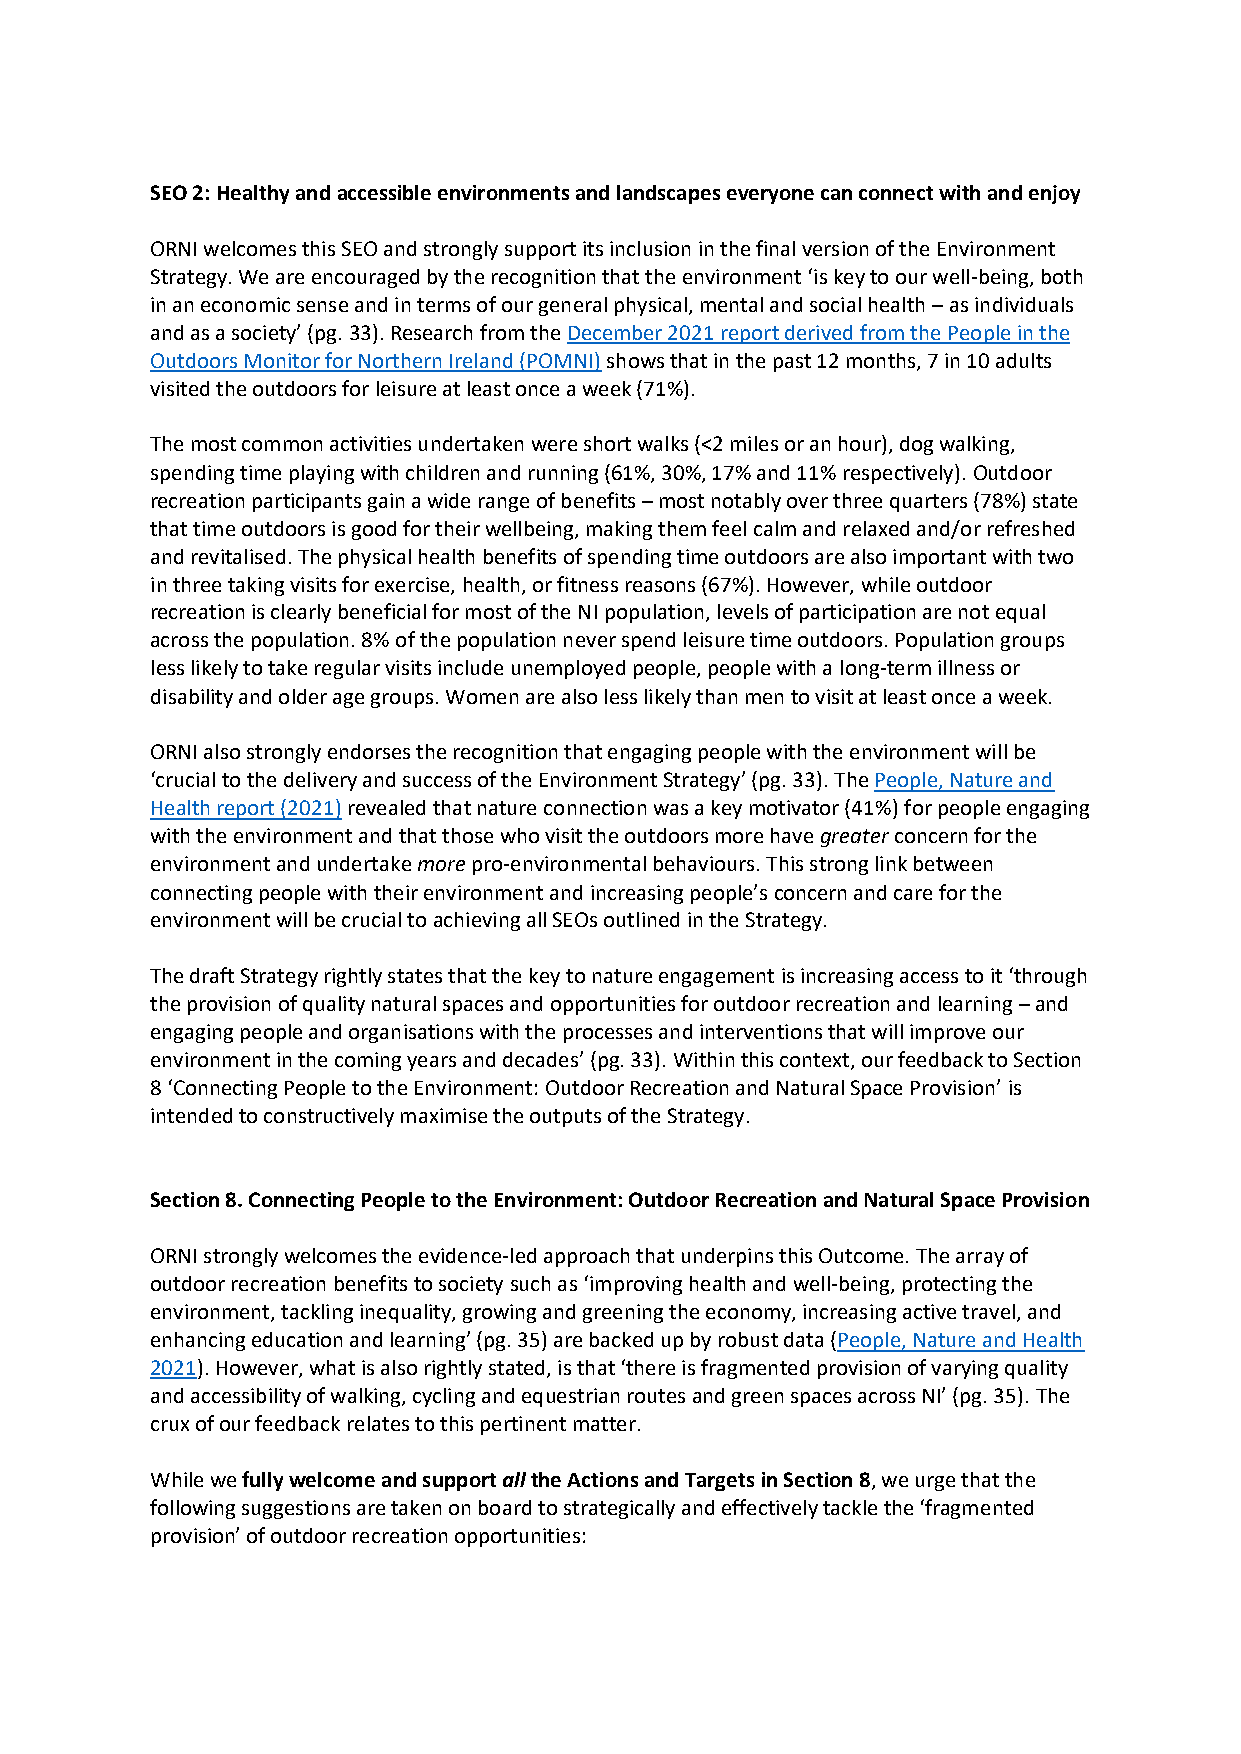
SEO 2: Healthy and accessible environments and landscapes everyone can connect with and enjoy
 ORNI welcomes this SEO and strongly support its inclusion in the final version of the Environment
 Strategy. We are encouraged by the recognition that the environment ‘is key to our well-being, both
 in an economic sense and in terms of our general physical, mental and social health – as individuals
 and as a society’ (pg. 33). Research from the December 2021 report derived from the People in the
 Outdoors Monitor for Northern Ireland (POMNI) shows that in the past 12 months, 7 in 10 adults
 visited the outdoors for leisure at least once a week (71%).
 The most common activities undertaken were short walks (<2 miles or an hour), dog walking,
 spending time playing with children and running (61%, 30%, 17% and 11% respectively). Outdoor
 recreation participants gain a wide range of benefits – most notably over three quarters (78%) state
 that time outdoors is good for their wellbeing, making them feel calm and relaxed and/or refreshed
 and revitalised. The physical health benefits of spending time outdoors are also important with two
 in three taking visits for exercise, health, or fitness reasons (67%). However, while outdoor
 recreation is clearly beneficial for most of the NI population, levels of participation are not equal
 across the population. 8% of the population never spend leisure time outdoors. Population groups
 less likely to take regular visits include unemployed people, people with a long-term illness or
 disability and older age groups. Women are also less likely than men to visit at least once a week.
 ORNI also strongly endorses the recognition that engaging people with the environment will be
 ‘crucial to the delivery and success of the Environment Strategy’ (pg. 33). The People, Nature and
 Health report (2021) revealed that nature connection was a key motivator (41%) for people engaging
 with the environment and that those who visit the outdoors more have greater concern for the
 environment and undertake more pro-environmental behaviours. This strong link between
 connecting people with their environment and increasing people’s concern and care for the
 environment will be crucial to achieving all SEOs outlined in the Strategy.
 The draft Strategy rightly states that the key to nature engagement is increasing access to it ‘through
 the provision of quality natural spaces and opportunities for outdoor recreation and learning – and
 engaging people and organisations with the processes and interventions that will improve our
 environment in the coming years and decades’ (pg. 33). Within this context, our feedback to Section
 8 ‘Connecting People to the Environment: Outdoor Recreation and Natural Space Provision’ is
 intended to constructively maximise the outputs of the Strategy.
 Section 8. Connecting People to the Environment: Outdoor Recreation and Natural Space Provision
 ORNI strongly welcomes the evidence-led approach that underpins this Outcome. The array of
 outdoor recreation benefits to society such as ‘improving health and well-being, protecting the
 environment, tackling inequality, growing and greening the economy, increasing active travel, and
 enhancing education and learning’ (pg. 35) are backed up by robust data (People, Nature and Health
 2021). However, what is also rightly stated, is that ‘there is fragmented provision of varying quality
 and accessibility of walking, cycling and equestrian routes and green spaces across NI’ (pg. 35). The
 crux of our feedback relates to this pertinent matter.
 While we fully welcome and support all the Actions and Targets in Section 8, we urge that the
 following suggestions are taken on board to strategically and effectively tackle the ‘fragmented
 provision’ of outdoor recreation opportunities: